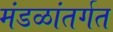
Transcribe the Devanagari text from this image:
मंडळांतर्गत